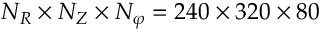
N _ { R } \times N _ { Z } \times N _ { \varphi } = 2 4 0 \times 3 2 0 \times 8 0